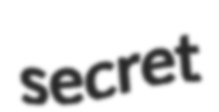
secret